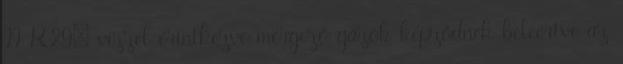
II R29: vízzel érintkezve mérgező gázok képződnek beleértve az